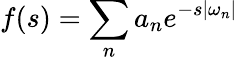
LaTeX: f(s)=\sum_{n}a_{n}e^{-s|\omega_{n}|}